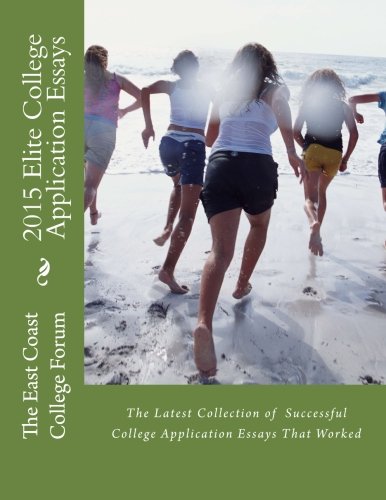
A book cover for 2015 Elite College Application Essays; East Coast Education; Education & Teaching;